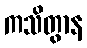
ကသိတွာန